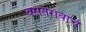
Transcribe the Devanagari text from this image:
वसंतरावाचे